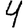
Digit: 4